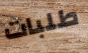
طلبات